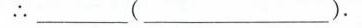
∴____(______)。